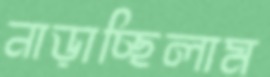
নাড়াচ্ছিলাম